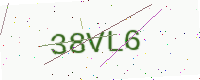
Text: 38VL6